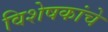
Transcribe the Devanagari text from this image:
विशेषकांचे